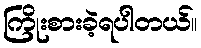
ကြိုးစားခဲ့ရပါတယ်။